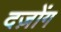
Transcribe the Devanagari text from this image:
दज़ोंग